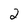
Character: 2